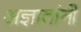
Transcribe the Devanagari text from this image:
अज्ञातांनी